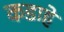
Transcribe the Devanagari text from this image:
कडाहे